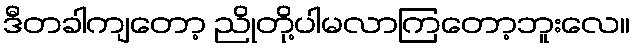
ဒီတခါကျတော့ ညိုတို့ပါမလာကြတော့ဘူးလေ။